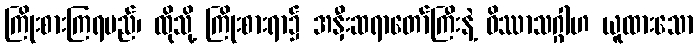
ကြိုးစားကြရမည်၊ ထိုသို့ ကြိုးစားရာ၌ အနှီးဆရာတော်ကြီးနဲ့ ဝိဿာသဂ္ဂါဟ ယူထားသော